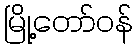
မြို့တော်ဝန်